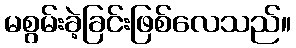
မစွမ်းခဲ့ခြင်းဖြစ်လေသည်။